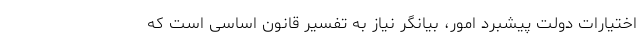
اختیارات دولت پیشبرد امور، بیانگر نیاز به تفسیر قانون اساسی است که